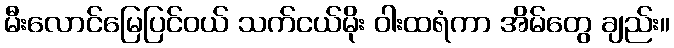
မီးလောင်မြေပြင်ဝယ် သက်ငယ်မိုး ဝါးထရံကာ အိမ်တွေ ချည်း။